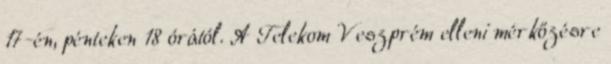
17-én, pénteken 18 órától. A Telekom Veszprém elleni mérkőzésre